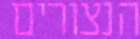
הנצורים